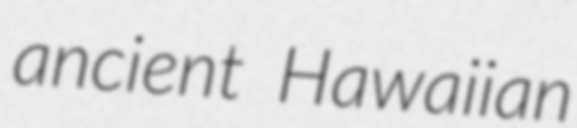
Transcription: ancient Hawaiian